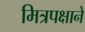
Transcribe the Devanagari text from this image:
मित्रपक्षाने